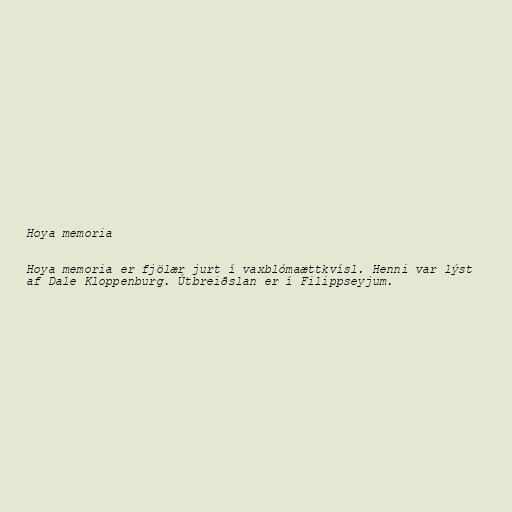
Hoya memoria

Hoya memoria er fjölær jurt í vaxblómaættkvísl. Henni var lýst
af Dale Kloppenburg. Útbreiðslan er í Filippseyjum.